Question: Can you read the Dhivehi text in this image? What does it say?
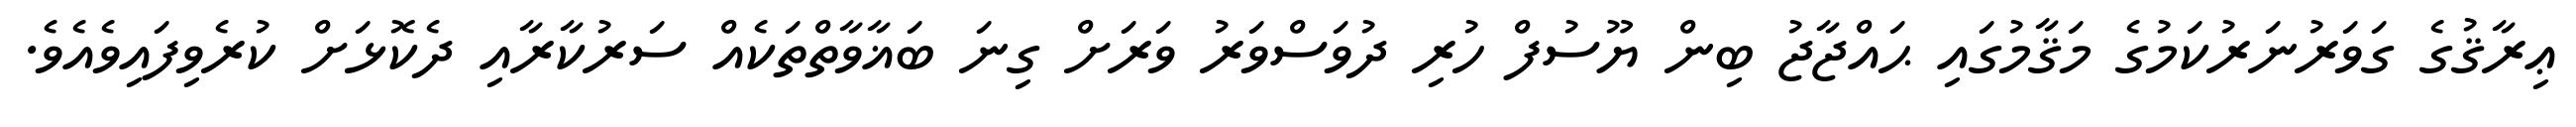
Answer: ޢިރާޤުގެ ގަވަރުނަރުކަމުގެ މަޤާމުގައި ޙައްޖާޖު ބިން ޔޫސުފް ހުރި ދުވަސްވަރު ވަރަށް ގިނަ ބަޣާވާތްތަކެއް ސަރުކާރާއި ދެކޮޅަށް ކުރެވިފައިވެއެވެ.